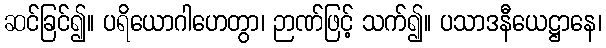
ဆင်ခြင်၍။ ပရိယောဂါဟေတွာ၊ ဉာဏ်ဖြင့် သက်၍။ ပသာဒနီယေဋ္ဌာနေ၊